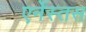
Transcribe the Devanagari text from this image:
एर्नेस्तस